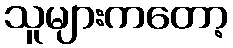
သူများကတော့